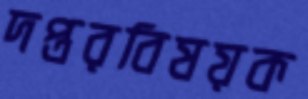
দপ্তরবিষয়ক